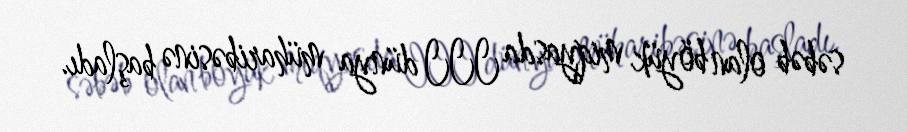
səbəb olan böyük miqyasda III dünya müharibəsinə başladı.